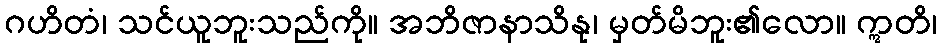
ဂဟိတံ၊ သင်ယူဘူးသည်ကို။ အဘိဇာနာသိနု၊ မှတ်မိဘူး၏လော။ ဣတိ၊